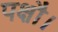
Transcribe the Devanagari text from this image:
पक्षौ।